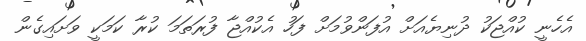
އެހެނީ ކުއްޖަކު ދުނިޔެއަށް އުފަންވުމަށް ފަހު އެކުއްޖާ ފުރަތަމަ ކުރާ ކަމަކީ ވަށައިގެން